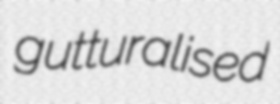
gutturalised